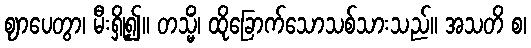
ဈာပေတွာ၊ မီးရှို့၍။ တသ္မိံ၊ ထိုခြောက်သောသစ်သားသည်။ အသတိ စ၊